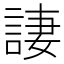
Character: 𫌿